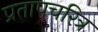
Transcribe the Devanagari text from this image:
प्रतापचरित्र